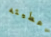
اعطيته